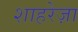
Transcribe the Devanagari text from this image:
शाहरेज़ा